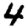
Digit: 4